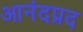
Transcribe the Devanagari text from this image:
आनंदप्रद